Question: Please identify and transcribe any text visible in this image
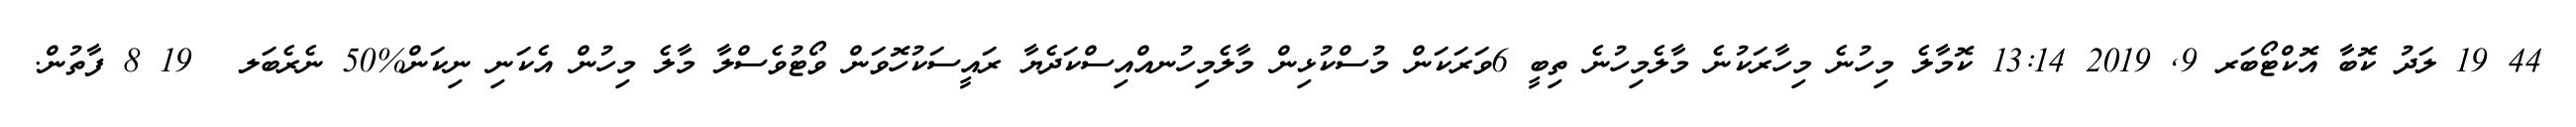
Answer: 44 19 ލަދު ކޮބާ އޮކްޓޯބަރ 9, 2019 13:14 ކޮމާލެ މިހުނެ މިހާރަކުނެ މާލެމިހުނެ ތިބީ 6ވަރަކަން މުސްކުޅިން މާލެމިހުނއްއިސްކަދެޔާ ރައީސަކުހޮވަން ވޯޓުވެސްލާ މާލެ މިހުން އެކަނި ނިކަން%50 ނެރެބަލ?? 19 8 ފާތުން.